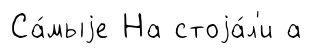
Са́мыjе На стоjа́л'и а